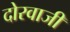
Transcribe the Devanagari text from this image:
दोरवाजी